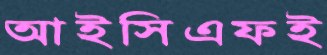
আইসিএফই